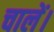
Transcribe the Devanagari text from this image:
चालें।